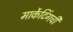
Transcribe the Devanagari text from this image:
मार्केटिंगची